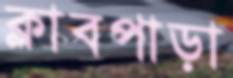
ক্লাবপাড়া